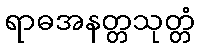
ရာဓအနတ္တသုတ္တံ